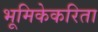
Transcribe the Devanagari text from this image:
भूमिकेकरिता